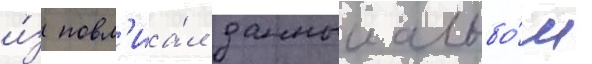
и́з повл'иа́л данныи альбо́м